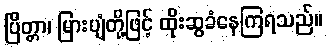
ပြိတ္တာ၊ မြားပျံတို့ဖြင့် ထိုးဆွခံနေကြရသည်။